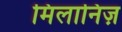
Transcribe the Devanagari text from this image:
मिलानिज़